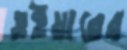
ওইয়ারের